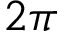
2 \pi